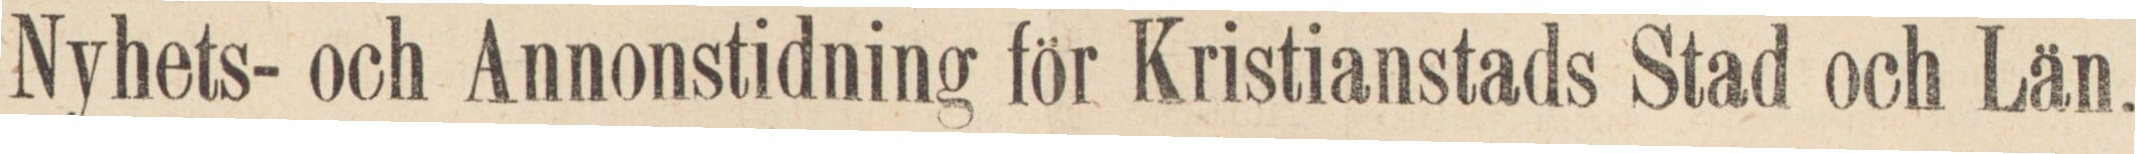
Nyhets- och Annonstidning för Kristianstads Stad och Län.